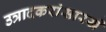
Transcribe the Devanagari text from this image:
उत्रादकरांसारखे